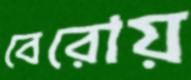
বেরোয়